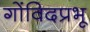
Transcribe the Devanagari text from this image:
गोंविदप्रभू